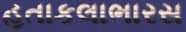
હતાકલાભારસ